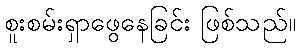
စူးစမ်းရှာဖွေနေခြင်း ဖြစ်သည်။